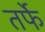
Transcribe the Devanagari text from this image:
तर्फेे